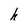
Character: h